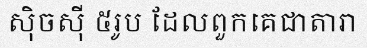
ស៊ិចស៊ី ៥រូប ដែលពួកគេជាតារា